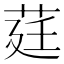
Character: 莛